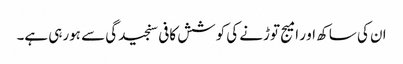
ان کی ساکھ او ر امیج توڑنے کی کوشش کافی سنجیدگی سے ہورہی ہے۔